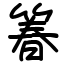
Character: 箺